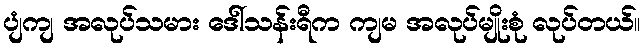
ပျံကျ အလုပ်သမား ဒေါ်သန်းရီက ကျမ အလုပ်မျိုးစုံ လုပ်တယ်။